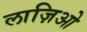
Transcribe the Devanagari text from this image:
लाज़िओ